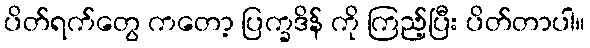
ပိတ်ရက်တွေ ကတော့ ပြက္ခဒိန် ကို ကြည့်ပြီး ပိတ်တာပါ။